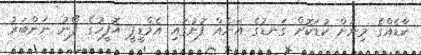
ކާޑެއްގެ މިނަށް ކުޑަކޮށް ގަނޑުގެ އަނެއް ފުށުގައި އެމްޑީޕީ އޮފީހުގެ ފޯނު ނަންބަރު